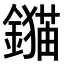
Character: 𨭈